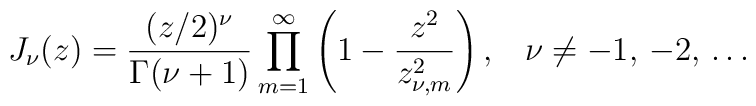
J_\nu(z)=\frac{(z/2)^\nu}{\Gamma(\nu+1)}\prod_{m=1}^{\infty} \left(1-\frac{z^2}{z^2_{\nu,m}} \right ){,}\quad \nu\not= -1,\,-2,\,\ldots